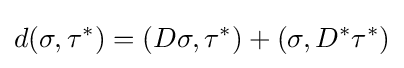
d(\sigma ,\tau ^{*})=(D\sigma ,\tau ^{*})+(\sigma ,D^{*}\tau ^{*})